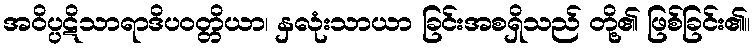
အဝိပ္ပဋိသာရာဒိပဝတ္တိယာ၊ နှလုံးသာယာ ခြင်းအစရှိသည် တို့၏ ဖြစ်ခြင်း၏။